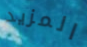
المزيد